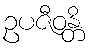
ဥပဇီဝန္တိ